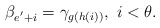
\begin{align*}\beta_{e^{'}+i}=\gamma_{g(h(i))},\,\, i<\theta.\end{align*}